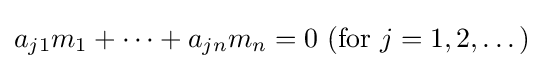
a_{j1}m_{1}+\cdots +a_{jn}m_{n}=0\ ({\text{for }}j=1,2,\dots )